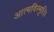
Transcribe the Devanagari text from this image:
आत्मविस्मृति।